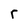
Character: r